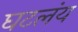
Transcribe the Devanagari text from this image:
घटलंय